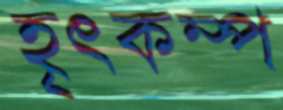
হৃৎকম্প